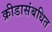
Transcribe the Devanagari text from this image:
क्रीडासंबधित